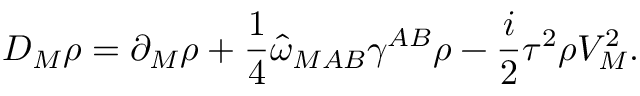
{ \cal D } _ { M } \rho = \partial _ { M } \rho + \frac { 1 } { 4 } \widehat { \omega } _ { M A B } \gamma ^ { A B } \rho - \frac { i } { 2 } \tau ^ { 2 } \rho V _ { M } ^ { 2 } .